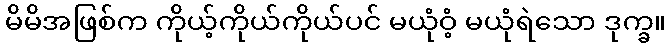
မိမိအဖြစ်က ကိုယ့်ကိုယ်ကိုယ်ပင် မယုံဝံ့ မယုံရဲသော ဒုက္ခ။